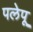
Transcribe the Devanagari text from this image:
पलेपू